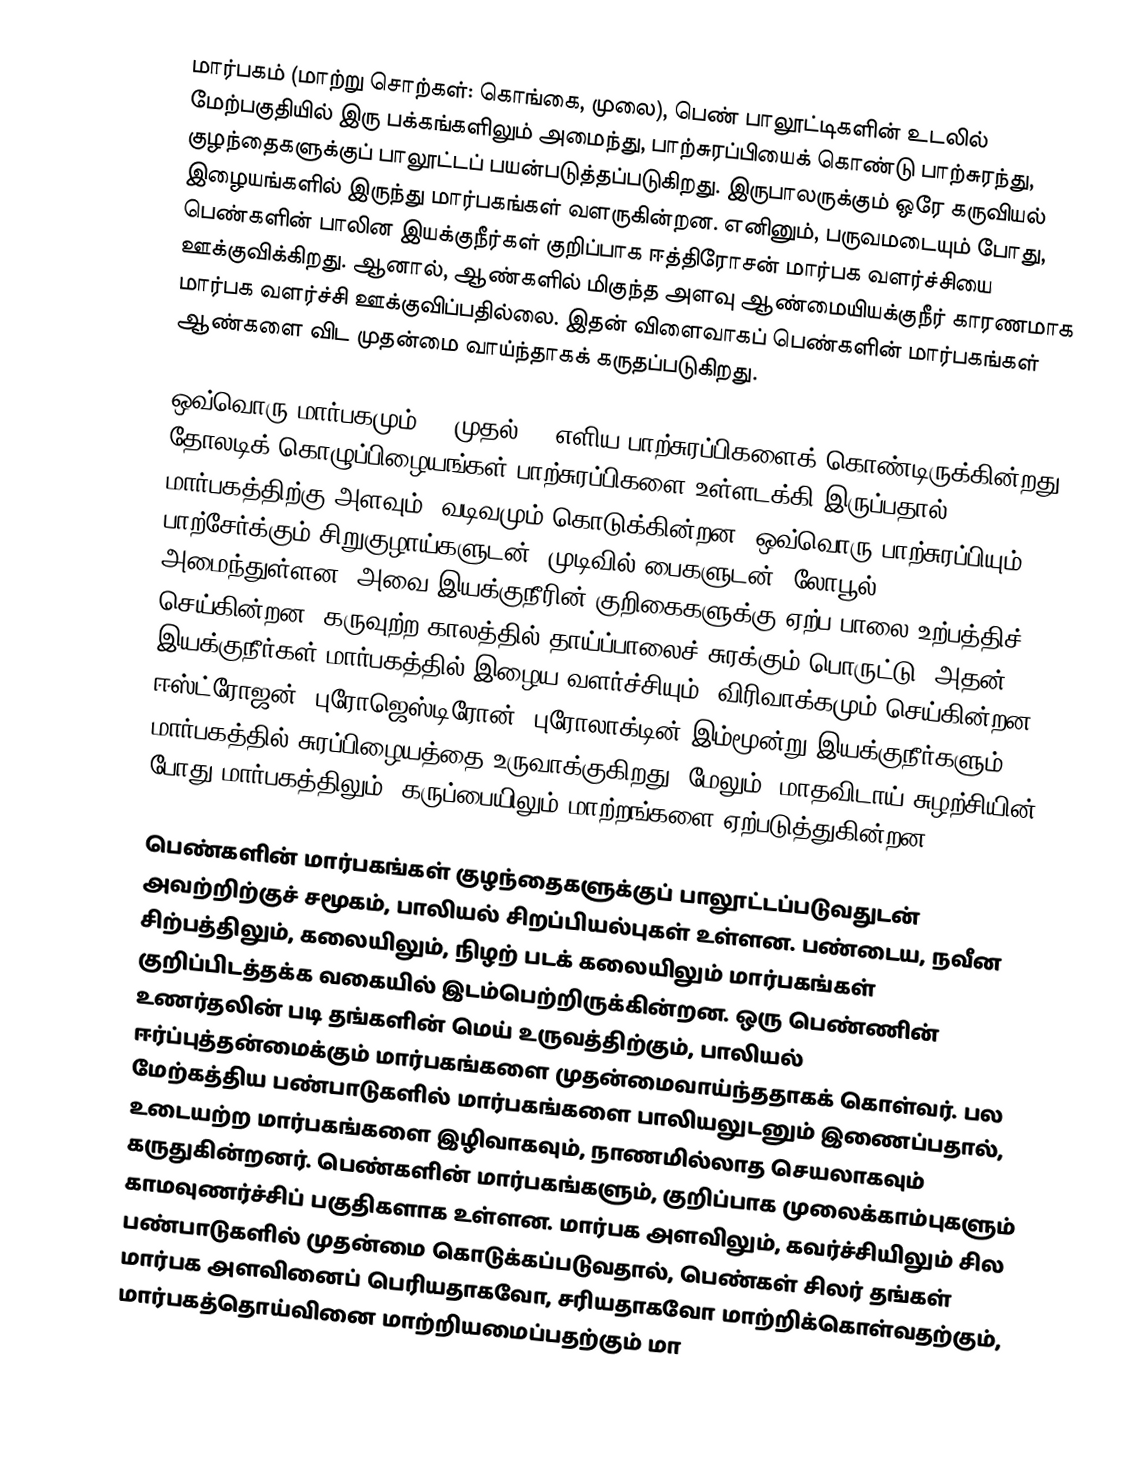
மார்பகம் (மாற்று சொற்கள்: கொங்கை, முலை), பெண் பாலூட்டிகளின் உடலில் மேற்பகுதியில் இரு பக்கங்களிலும் அமைந்து, பாற்சுரப்பியைக் கொண்டு பாற்சுரந்து, குழந்தைகளுக்குப் பாலூட்டப் பயன்படுத்தப்படுகிறது. இருபாலருக்கும் ஒரே கருவியல் இழையங்களில் இருந்து மார்பகங்கள் வளருகின்றன. எனினும், பருவமடையும் போது, பெண்களின் பாலின இயக்குநீர்கள் குறிப்பாக ஈத்திரோசன் மார்பக வளர்ச்சியை ஊக்குவிக்கிறது. ஆனால், ஆண்களில் மிகுந்த அளவு ஆண்மையியக்குநீர் காரணமாக மார்பக வளர்ச்சி ஊக்குவிப்பதில்லை. இதன் விளைவாகப் பெண்களின் மார்பகங்கள் ஆண்களை விட முதன்மை வாய்ந்தாகக் கருதப்படுகிறது.

ஒவ்வொரு மார்பகமும் 15 முதல் 20 எளிய பாற்சுரப்பிகளைக் கொண்டிருக்கின்றது. தோலடிக் கொழுப்பிழையங்கள் பாற்சுரப்பிகளை உள்ளடக்கி இருப்பதால், மார்பகத்திற்கு அளவும், வடிவமும் கொடுக்கின்றன. ஒவ்வொரு பாற்சுரப்பியும், பாற்சேர்க்கும் சிறுகுழாய்களுடன், முடிவில் பைகளுடன் (லோபூல்) அமைந்துள்ளன; அவை இயக்குநீரின் குறிகைகளுக்கு ஏற்ப பாலை உற்பத்திச் செய்கின்றன. கருவுற்ற காலத்தில் தாய்ப்பாலைச் சுரக்கும் பொருட்டு, அதன் இயக்குநீர்கள் மார்பகத்தில் இழைய வளர்ச்சியும், விரிவாக்கமும் செய்கின்றன. ஈஸ்ட்ரோஜன், புரோஜெஸ்டிரோன், புரோலாக்டின் இம்மூன்று இயக்குநீர்களும் மார்பகத்தில் சுரப்பிழையத்தை உருவாக்குகிறது. மேலும், மாதவிடாய் சுழற்சியின் போது மார்பகத்திலும், கருப்பையிலும் மாற்றங்களை ஏற்படுத்துகின்றன.

பெண்களின் மார்பகங்கள் குழந்தைகளுக்குப் பாலூட்டப்படுவதுடன் அவற்றிற்குச் சமூகம், பாலியல் சிறப்பியல்புகள் உள்ளன. பண்டைய, நவீன சிற்பத்திலும், கலையிலும்,  நிழற் படக் கலையிலும் மார்பகங்கள் குறிப்பிடத்தக்க வகையில் இடம்பெற்றிருக்கின்றன. ஒரு பெண்ணின் உணர்தலின் படி தங்களின் மெய் உருவத்திற்கும், பாலியல் ஈர்ப்புத்தன்மைக்கும் மார்பகங்களை முதன்மைவாய்ந்ததாகக் கொள்வர். பல மேற்கத்திய பண்பாடுகளில் மார்பகங்களை பாலியலுடனும்  இணைப்பதால், உடையற்ற மார்பகங்களை இழிவாகவும், நாணமில்லாத செயலாகவும் கருதுகின்றனர். பெண்களின் மார்பகங்களும், குறிப்பாக முலைக்காம்புகளும்  காமவுணர்ச்சிப் பகுதிகளாக உள்ளன. மார்பக அளவிலும், கவர்ச்சியிலும் சில பண்பாடுகளில் முதன்மை கொடுக்கப்படுவதால், பெண்கள் சிலர் தங்கள் மார்பக அளவினைப் பெரியதாகவோ, சரியதாகவோ மாற்றிக்கொள்வதற்கும்,  மார்பகத்தொய்வினை மாற்றியமைப்பதற்கும் மா